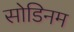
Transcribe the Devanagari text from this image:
सोडिनम